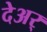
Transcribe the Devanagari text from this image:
देअर्